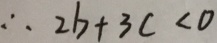
\therefore 2 b + 3 c < 0